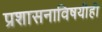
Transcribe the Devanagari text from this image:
प्रशासनाविषयीही